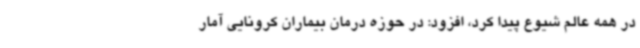
در همه عالم شیوع پیدا کرد، افزود: در حوزه درمان بیماران کرونایی آمار